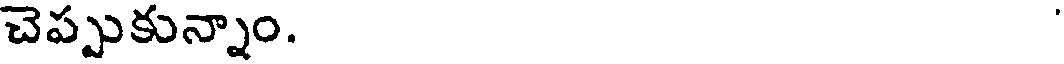
చెప్పుకున్నాం.